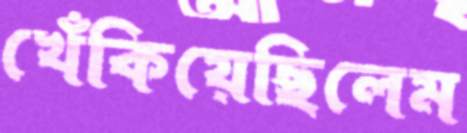
খেঁকিয়েছিলেম